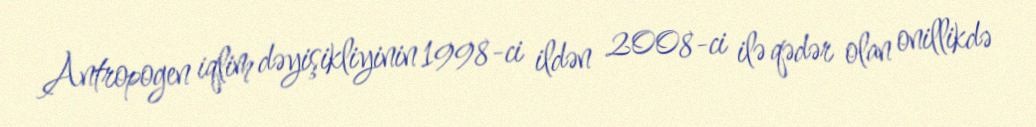
Antropogen iqlim dəyişikliyinin 1998-ci ildən 2008-ci ilə qədər olan onillikdə